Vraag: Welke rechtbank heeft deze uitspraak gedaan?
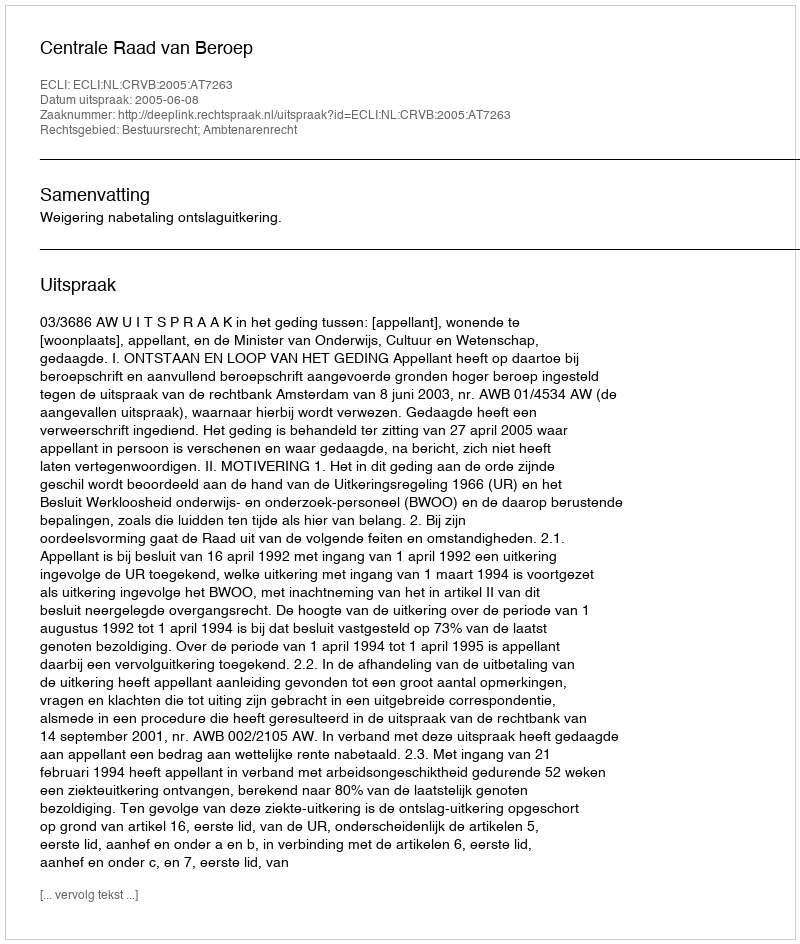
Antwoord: Centrale Raad van Beroep